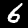
Digit: 6